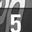
Digit: 5